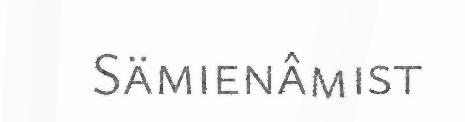
Sämienâmist